Report of the Indian Hemp Drugs Commission, 1894-1895 - Volume V
Year: 1894
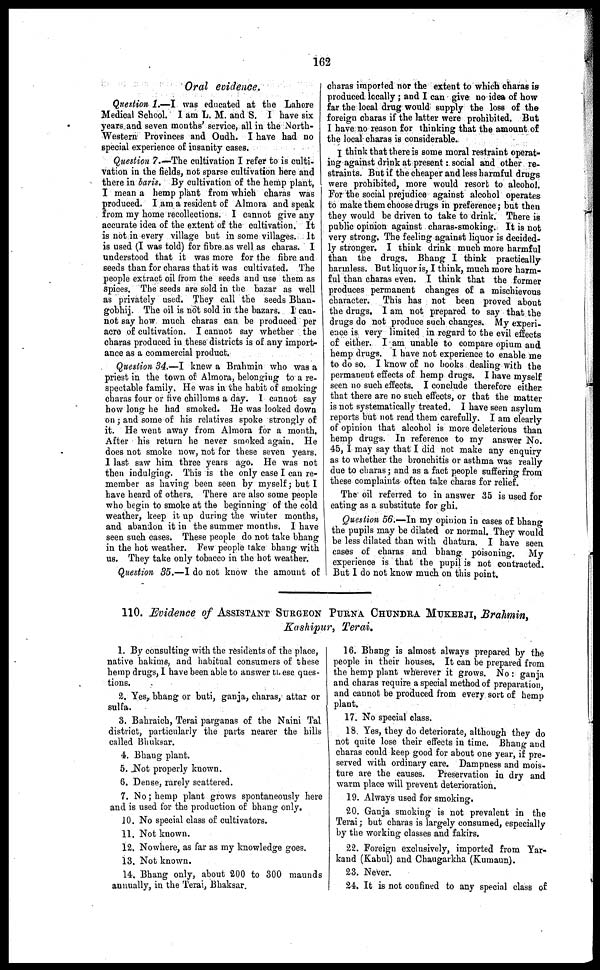
162
Oral evidence.
Question 1.—I was educated at the Lahore
Medical School. I am L. M. and S. I have six
years and seven months' service, all in the North-
Western Provinces and Oudh. I have had no
special experience of insanity cases.
Question 7.—The cultivation I refer to is culti-
vation in the fields, not sparse cultivation here and
there in baris. By cultivation of the hemp plant,
I mean a hemp plant from which charas was
produced. I am a resident of Almora and speak
from my home recollections. I cannot give any
accurate idea of the extent of the cultivation. It
is not in every village but in some villages. It
is used (I was told) for fibre as well as charas. I
understood that it was more for the fibre and
seeds than for charas that it was cultivated. The
people extract oil from the seeds and use them as
spices. The seeds are sold in the bazar as well
as privately used. They call the seeds Bhan-
gobhij. The oil is not sold in the bazars. I can-
not say how much charas can be produced per
acre of cultivation. I cannot say whether the
charas produced in these districts is or any import-
ance as a commercial product.
Question 34.—I knew a Brahmin who was a
priest in the town of Almora, belonging to a re-
spectable family. He was in the habit of smoking
charas four or five chillums a day. I cannot say
how long he had smoked. He was looked down
on; and some of his relatives spoke strongly of
it. He went away from Almora for a month.
After his return he never smoked again. He
does not smoke now, not for these seven years.
I last saw him three years ago. He was not
then indulging. This is the only case I can re-
member as having been seen by myself; but I
have heard of others. There are also some people
who begin to smoke at the beginning of the cold
weather, keep it up during the winter months,
and abandon it in the summer months. I have
seen such cases. These people do not take bhang
in the hot weather. Few people take bhang with
us. They take only tobacco in the hot weather.
Question 35.—I do not know the amount of
charas imported nor the extent to which charas is
produced locally; and I can give no idea of how
far the local drug would supply the loss of the
foreign charas if the latter were prohibited. But
I have no reason for thinking that the amount of
the local charas is considerable.
I think that there is some moral restraint operat-
ing against drink at present: social and other re-
straints. But if the cheaper and less harmful drugs
were prohibited, more would resort to alcohol.
For the social prejudice against alcohol operates
to make them choose drugs in preference; but then
they would be driven to take to drink. There is
public opinion against charas-smoking. It is not
very strong, The feeling against liquor is decided-
ly stronger. I think drink much more harmful
than the drugs. Bhang I think practically
harmless. But liquor is, I think, much more harm-
ful than charas even. I think that the former
produces permanent changes of a mischievous
character. This has not been proved about
the drugs, I am not prepared to say that the
drugs do not produce such changes. My experi-
ence is very limited in regard to the evil effects
of either. I am unable to compare opium and
hemp drugs. I have not experience to enable me
to do so. I know of no books dealing with the
permanent effects of hemp drugs. I have myself
seen no such effects. I conclude therefore either
that there are no such effects, or that the matter
is not systematically treated. I have seen asylum
reports but not read them carefully. I am clearly
of opinion that alcohol is more deleterious than
hemp drugs. In reference to my answer No.
45, I may say that I did not make any enquiry
as to whether the bronchitis or asthma was really
due to charas; and as a fact people suffering from
these complaints often take charas for relief.
The oil referred to in answer 35 is used for
eating as a substitute for ghi.
Question 56.—In my opinion in cases of bhang
the pupils may be dilated or normal. They would
be less dilated than with dhatura. I have seen
cases of charas and bhang poisoning. My
experience is that the pupil is not contracted.
But I do not know much on this point.
110. Evidence of ASSISTANT SURGEON PURNA CHUNDRA. MUKERJI, Brahmin,
Kashipur, Terai.
1. By consulting with the residents of the place,
native hakims, and habitual consumers of these
hemp drugs, I have been able to answer these ques-
tions.
2. Yes, bhang or buti, ganja, charas, attar or
sulfa.
3. Bahraich, Terai parganas of the Naini Tal
district, particularly the parts nearer the hills
called Bhuksar.
4. Bhang plant.
5. Not properly known.
6. Dense, rarely scattered.
7. No; hemp plant grows spontaneously here
and is used for the production of bhang only.
10. No special class of cultivators.
11. Not known.
12. Nowhere, as far as my knowledge goes.
13. Not known.
14. Bhang only, about 200 to 300 maunds
annually, in the Terai, Bhaksar.
16. Bhang is almost always prepared by the
people in their houses, It can be prepared from
the hemp plant wherever it grows. No: ganja
and charas require a special method of preparation
and cannot be produced from every sort of hemp
plant.
17. No special class.
18. Yes, they do deteriorate, although they do
not quite lose their effects in time. Bhang and
charas could keep good for about one year, if pre-
served with ordinary care. Dampness and mois-
ture are the causes. Preservation in dry and
warm place will prevent deterioration.
19. Always used for smoking,
20. Ganja smoking is not prevalent in the
Terai; but charas is largely consumed, especially
by the working classes and fakirs.
22. Foreign exclusively, imported from Yar-
kand (Kabul) and Chaugarkha (Kumaun).
23. Never.
24. It is not confined to any special class of